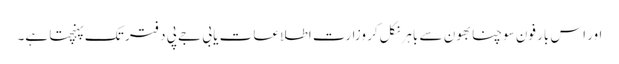
اور اس بار فون سوچنا بھون سے باہر نکل‌کر وزارت اطلاعات یا بی جے پی دفتر تک پہنچتا ہے۔